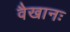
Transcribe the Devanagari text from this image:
वैखानः